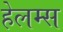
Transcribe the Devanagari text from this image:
हेलम्स